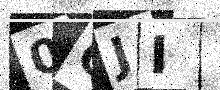
Text: 0QJI